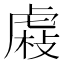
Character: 𧇆